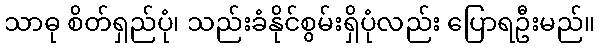
သာဓု စိတ်ရှည်ပုံ၊ သည်းခံနိုင်စွမ်းရှိပုံလည်း ပြောရဦးမည်။